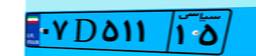
۰۵D۰۹۲۷۹